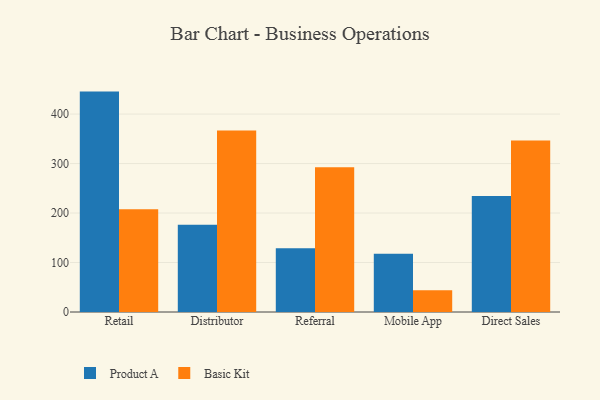
{"axis": {"x": "Channel", "y": "Conversion Rate (%)"}, "legend": ["Basic Kit", "Product A"], "data": [{"x": "Retail", "y": 445.4, "type": "Product A"}, {"x": "Retail", "y": 207.4, "type": "Basic Kit"}, {"x": "Distributor", "y": 176.3, "type": "Product A"}, {"x": "Distributor", "y": 366.7, "type": "Basic Kit"}, {"x": "Referral", "y": 128.9, "type": "Product A"}, {"x": "Referral", "y": 292.5, "type": "Basic Kit"}, {"x": "Mobile App", "y": 117.6, "type": "Product A"}, {"x": "Mobile App", "y": 44.2, "type": "Basic Kit"}, {"x": "Direct Sales", "y": 234.3, "type": "Product A"}, {"x": "Direct Sales", "y": 346.4, "type": "Basic Kit"}]}